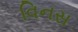
વિનસ